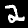
Digit: 2